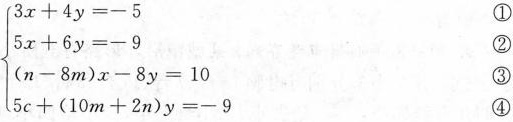
$$\left\{ \begin{matrix} 3x+4y=-5 ① \\ 5x+6y=-9 ②\\(n-8m)x-8y=10③ \\ 5c+(10m+2n)y=-9 ④ \end{matrix} \right.$$